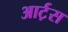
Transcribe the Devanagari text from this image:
आर्ट़स